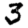
Digit: 3